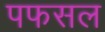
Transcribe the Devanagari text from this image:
पफसल